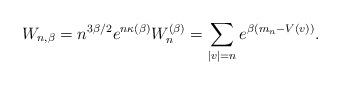
LaTeX: \begin{align*} W_{n,\beta} = n^{3\beta/2} e^{n \kappa(\beta)} W_n^{(\beta)} = \sum_{|v|=n} e^{\beta (m_n - V(v))}.\end{align*}